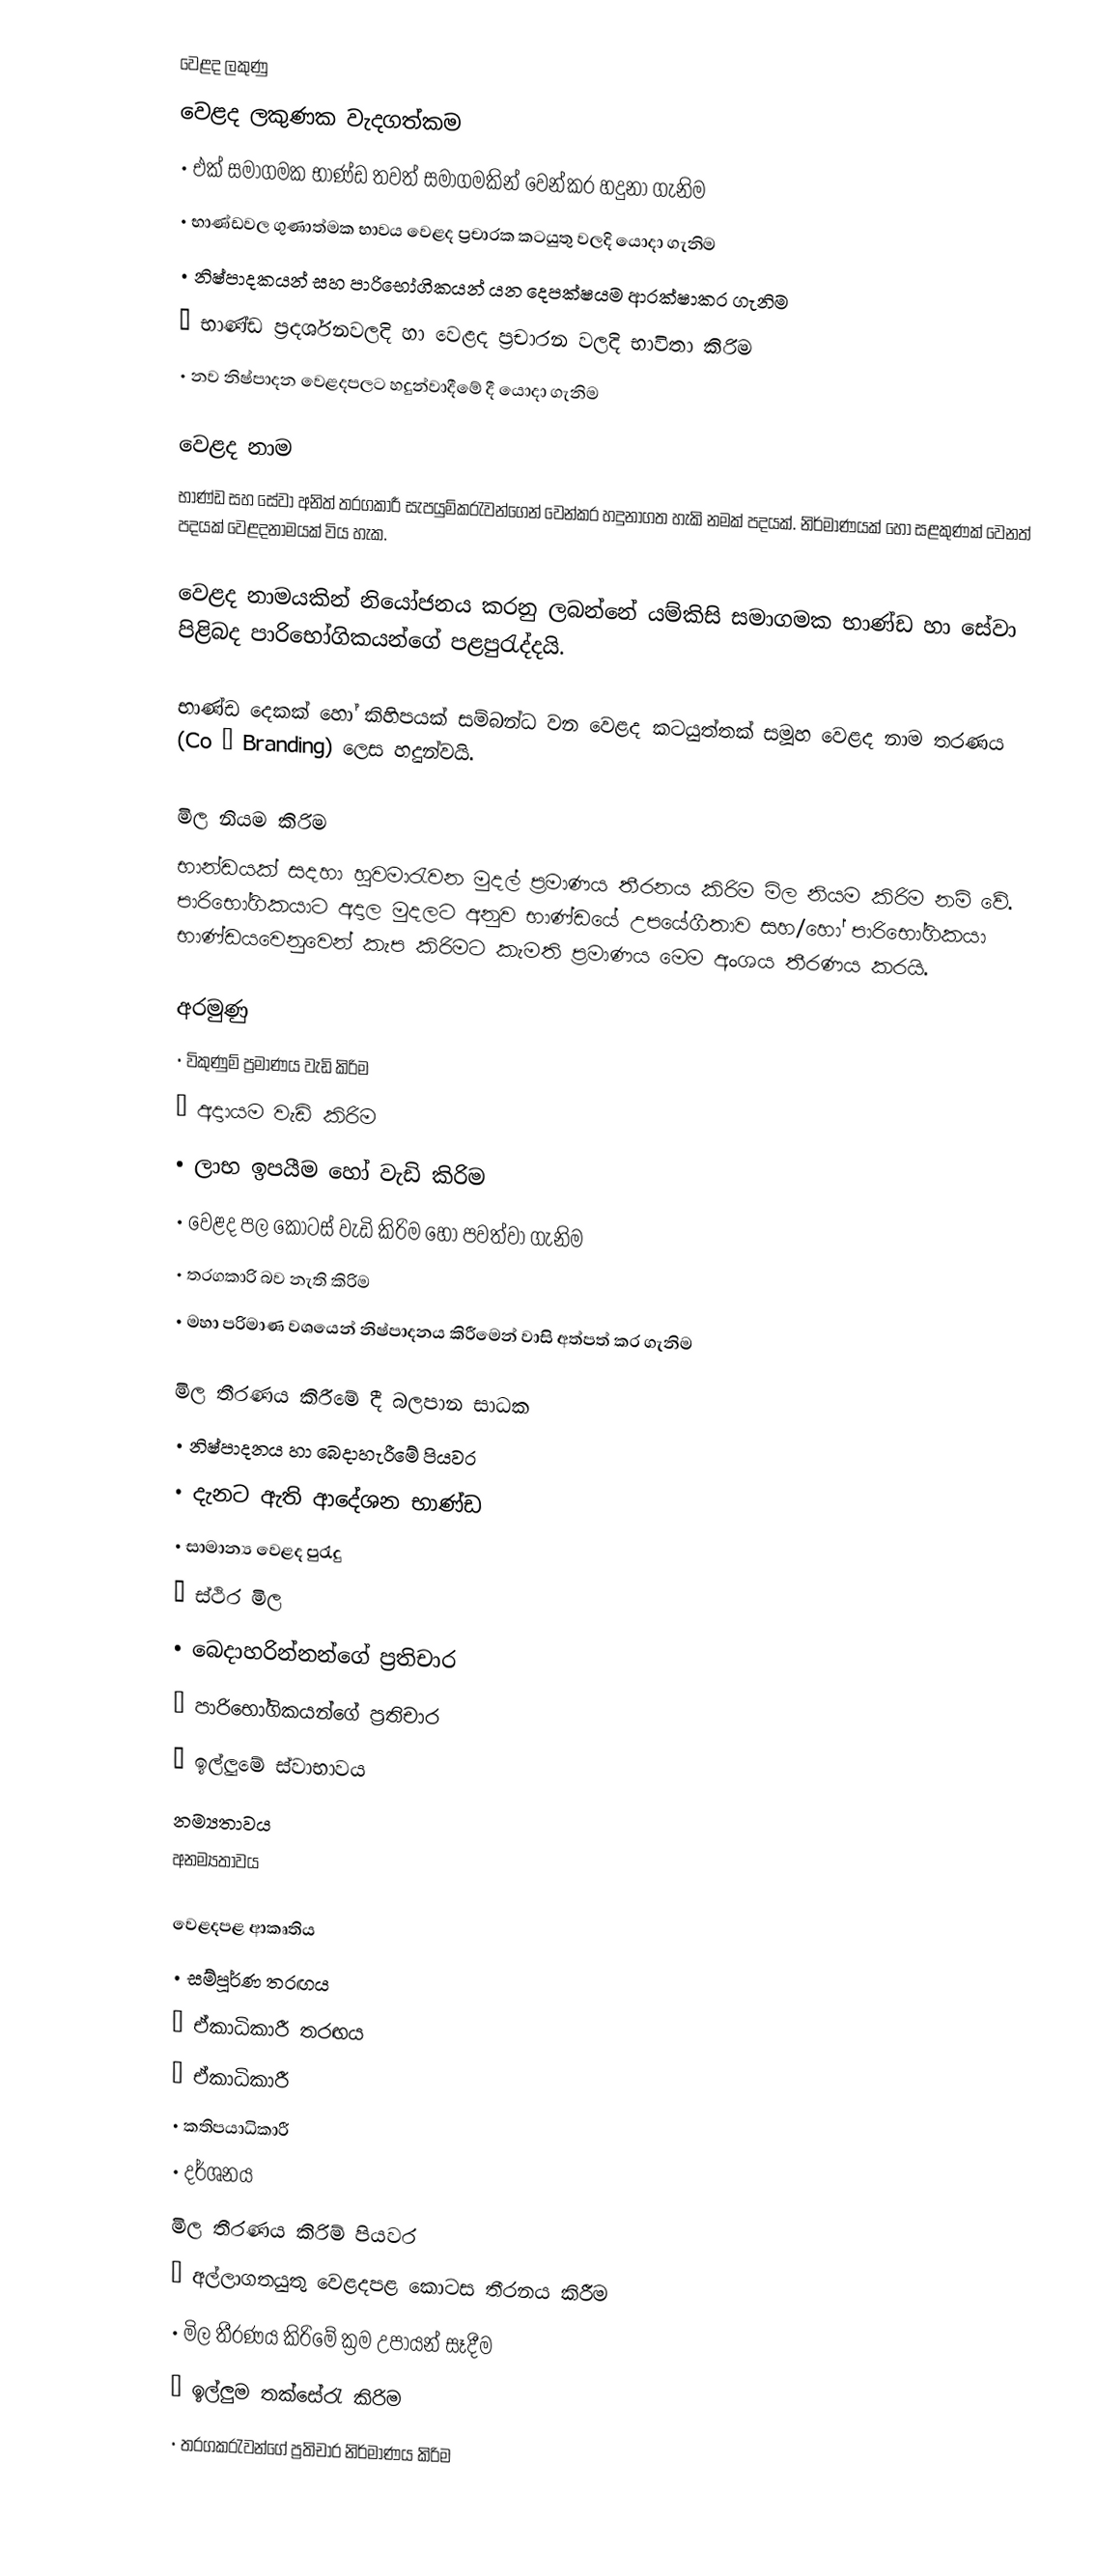
වෙළද ලකුණු
වෙළද ලකුණක වැදගත්කම
•	එක් සමාගමක භාණ්ඩ තවත් සමාගමකින් වෙන්කර හදුනා ගැනිම
•	භාණ්ඩවල ගුණාත්මක භාවය වෙළද ප්‍රචාරක කටයුතු වලදි යොදා ගැනිම
•	නිෂ්පාදකයන් සහ පාරිභෝගිකයන් යන දෙපක්ෂයම ආරක්ෂාකර ගැනිම
•	භාණ්ඩ ප්‍රදර්ශනවලදි හා වෙළද ප්‍රචාරන වලදි භාවිතා කිරිම
•	නව නිෂ්පාදන වෙළදපලට හදුන්වාදීමේ දී යොදා ගැනිම

වෙළද නාම
භාණ්ඩ සහ සේවා අනිත් තරගකාරී සැපයුම්කරැවන්ගෙන් වෙන්කර හදුනාගත හැකි නමක් පදයක්. නිර්මාණයක් හෝ සළකුණක් වෙනත් පදයක් වෙළදනාමයක් විය හැක.

වෙළද නාමයකින් නියෝජනය කරනු ලබන්නේ යම්කිසි සමාගමක භාණ්ඩ හා සේවා පිළිබද පාරිභෝගිකයන්ගේ  පළපුරැද්දයි.

භාණ්ඩ දෙකක් හෝ කිහිපයක් සම්බන්ධ වන වෙළද කටයුත්තක් සමූහ වෙළද නාම තරණය (Co – Branding) ලෙස හදුන්වයි.

මිල නියම කිරිම
භාන්ඩයක් සදහා හුවමාරැවන මුදල් ප්‍රමාණය තීරනය කිරිම මිල නියම කිරිම නම් වේ. පාරිභෝගිකයාට අදාල මුදලට අනුව භාණ්ඩයේ උපයේගීතාව සහ/හෝ පාරිභෝගිකයා භාණ්ඩයවෙනුවෙන් කැප කිරිමට කැමති ප්‍රමාණය මෙම අංශය තීරණය කරයි.

අරමුණු
•	විකුණුම් ප්‍රමාණය වැඩි කිරිම
•	අදාායම වැඩි කිරිම
•	ලාභ ඉපයීම හෝ වැඩි කිරිම
•	වෙළද පල කොටස් වැඩි කිරිම හෝ පවත්වා ගැනිම
•	තරගකාරි බව නැති කිරිම
•	මහා පරිමාණ වශයෙන් නිෂ්පාදනය කිරීමෙන් වාසි අත්පත් කර ගැනිම

මිල තීරණය කිරීමේ දී බලපාන සාධක
•	නිෂ්පාදනය හා බෙදාහැරීමේ පියවර
•	දැනට ඇති ආදේශන භාණ්ඩ
•	සාමාන්‍ය වෙළද පුරැදු
•	ස්ථිර මිල
•	බෙදාහරින්න‍න්ගේ ප්‍රතිචාර
•	පාරිභෝගිකයන්ගේ ප්‍රතිචාර
•	ඉල්ලුමේ ස්වාභාවය
	නම්‍යතාවය
	අනම්‍යතාවය

වෙළද‍පළ ආකෘතිය
•	සම්පූර්ණ තරඟය
•	ඒකාධිකාරී තරඟය
•	ඒකාධිකාරී
•	කතිපයාධිකාරී
•	දර්ශනය
මිල තීරණය කිරිම් පියවර
•	අල්ලාගතයුතු වෙළදපළ කොටස තීරනය කිරීම
•	මිල තීරණය කිරිමේ ක්‍රම උපායන් සෑදීම
•	ඉල්ලුම තක්සේරැ කිරිම
•	තරගකරැවන්ගේ ප්‍රතිචාර නිර්මාණය කිරිම